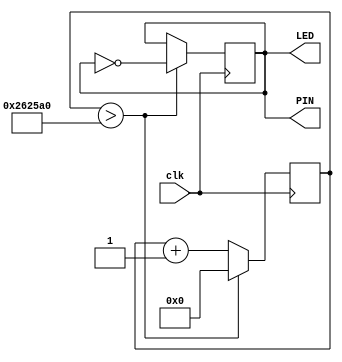
module led_blink(clk, LED, PIN);

input clk;
output LED;
output PIN;

reg [31:0] counter;
reg LED_status;

initial
	begin
		counter <= 32'b0;
		LED_status <= 1'b0;
	end

always @ (posedge clk)
	begin
		counter <= counter + 1'b1;
		if(counter > 2500000)
		begin
			LED_status <= !LED_status;
			counter <= 32'b0;
		end
	end
	assign LED = LED_status;
	assign PIN = LED_status;

endmodule